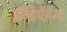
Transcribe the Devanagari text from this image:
इन्डिपेंडेन्ट